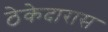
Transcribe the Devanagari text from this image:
ठेकेदारास